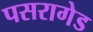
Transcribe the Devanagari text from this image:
पसरागेड